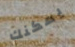
يمكنك